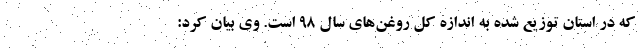
که در استان توزیع شده به اندازه کل روغن‌های سال ۹۸ است. وی بیان کرد: